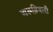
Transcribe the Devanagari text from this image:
अरूढ़िवादी